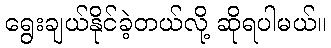
ရွေးချယ်နိုင်ခဲ့တယ်လို့ ဆိုရပါမယ်။